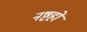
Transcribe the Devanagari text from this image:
नष्टहो